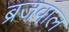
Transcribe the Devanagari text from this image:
ब्रजवाल